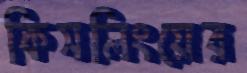
কিসলিংয়ের